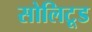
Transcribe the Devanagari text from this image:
सोलिटूड